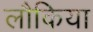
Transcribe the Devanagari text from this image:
लौकिया